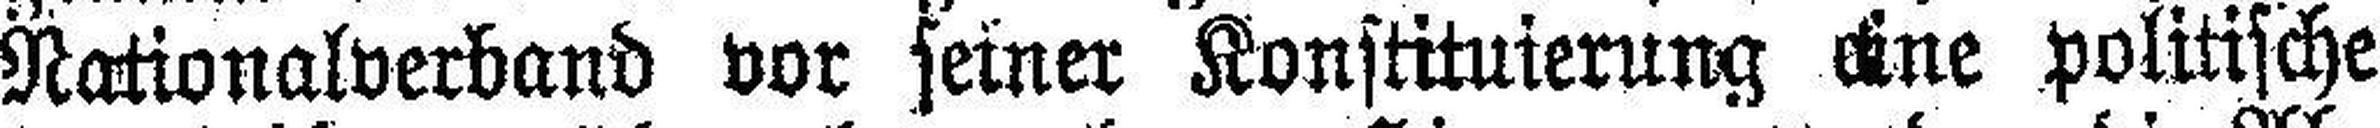
Nationalverband vor seiner Konstituierung eine politische